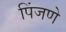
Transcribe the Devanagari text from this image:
पिंजणे